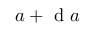
a + \mathrm { ~ d ~ } a